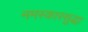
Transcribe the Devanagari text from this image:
नमस्कारसुद्धा